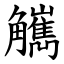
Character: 觽